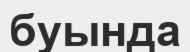
буында